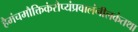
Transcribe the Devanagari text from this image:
हैमंचमौक्तिकंरौप्यंप्रवालंनीलकंतथा